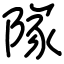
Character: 隊